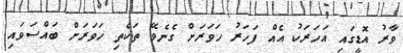
ވާރު އޮޑީގައި އަހަރަކު އެއް ފަހަރު ހަވަރަށް ގެނެވޭ ތަކެތި ހަވަރަށް ބައްސަވައި